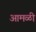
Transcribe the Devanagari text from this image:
आमळी